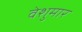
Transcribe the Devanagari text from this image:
वेशुमार